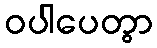
ဝပါပေတွာ